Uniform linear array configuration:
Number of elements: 24
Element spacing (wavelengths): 1
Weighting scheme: hamming
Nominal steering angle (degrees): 30
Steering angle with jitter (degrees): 29.515
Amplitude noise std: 0.05
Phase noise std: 0.05

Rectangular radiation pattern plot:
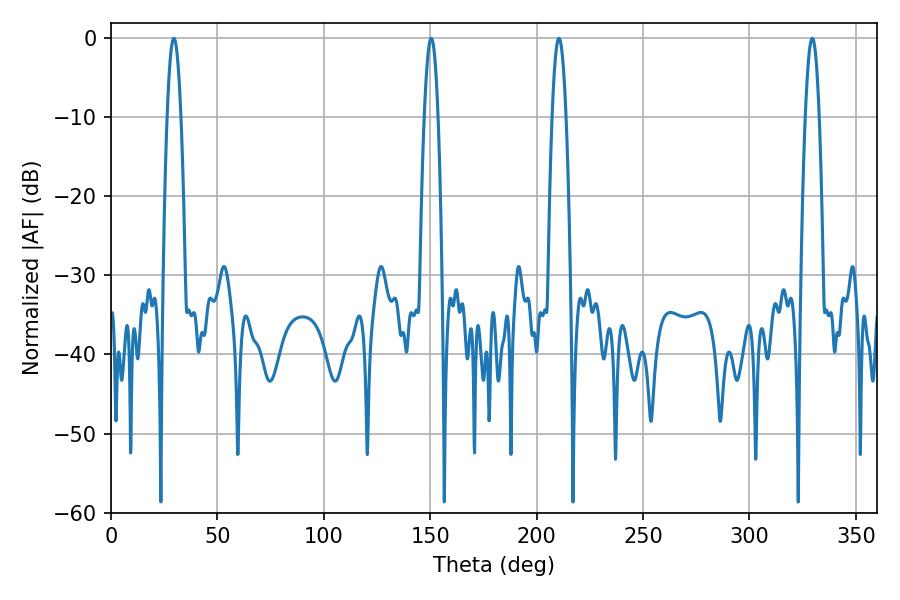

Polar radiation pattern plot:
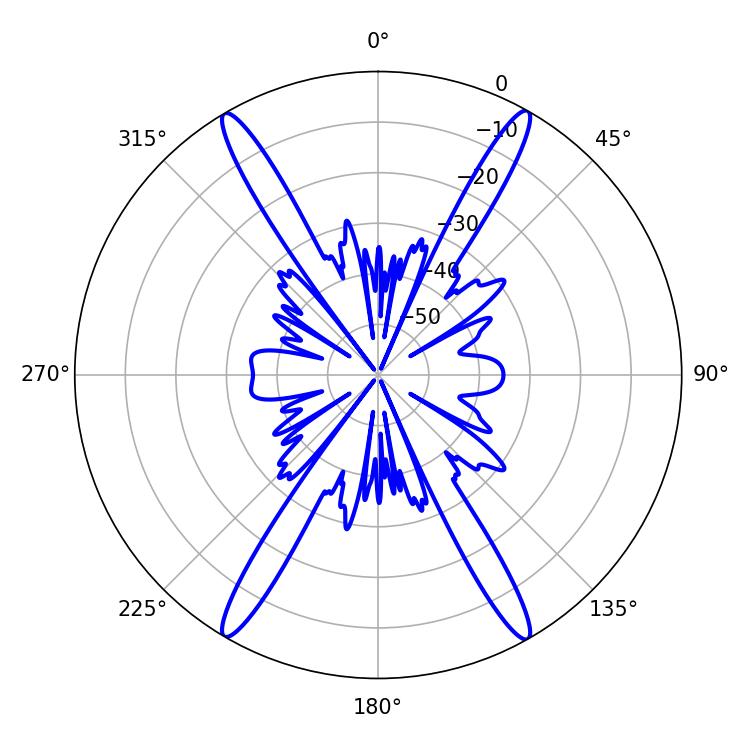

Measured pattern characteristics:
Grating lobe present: TRUE
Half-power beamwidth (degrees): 3.6
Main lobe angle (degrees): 29.52